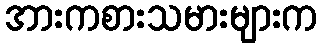
အားကစားသမားများက